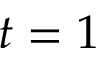
t = 1